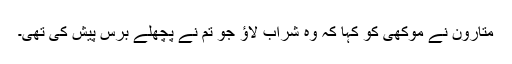
متارون نے موکھی کو کہا کہ وہ شراب لاؤ جو تم نے پچھلے برس پیش کی تھی۔